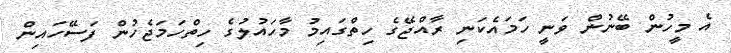
އެ މީހުން ބޭނުން ވަނީ ހަމައެކަނި ރާއްޖޭގެ ހިތްގައިމު މާހައުލުގެ ހިތްހަމަޖެހުން ފަސޭހައިން